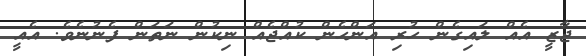
ޖާޒީ އެއް ލައިގެން ހުރި އަންހެން ކުއްޖެއް ނިކުން ނަތަން ފެނުނެވެ. އެއީ